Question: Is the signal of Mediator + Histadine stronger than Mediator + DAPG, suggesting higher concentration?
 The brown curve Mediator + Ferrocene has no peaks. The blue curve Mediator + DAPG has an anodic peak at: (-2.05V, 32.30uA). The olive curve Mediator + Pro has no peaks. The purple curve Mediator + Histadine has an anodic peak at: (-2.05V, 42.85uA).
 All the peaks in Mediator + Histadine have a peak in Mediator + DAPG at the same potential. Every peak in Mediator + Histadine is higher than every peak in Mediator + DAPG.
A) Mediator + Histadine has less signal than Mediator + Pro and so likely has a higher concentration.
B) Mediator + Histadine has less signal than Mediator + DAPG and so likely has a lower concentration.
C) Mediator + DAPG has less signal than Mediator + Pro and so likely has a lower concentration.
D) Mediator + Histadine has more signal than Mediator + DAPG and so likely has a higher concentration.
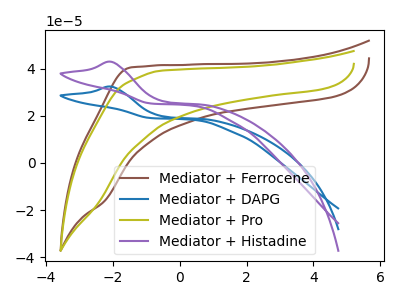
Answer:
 <answer>D) "Mediator + Histadine" has more signal than "Mediator + DAPG" and so likely has a higher concentration.</answer>
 <eval>D</eval>